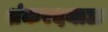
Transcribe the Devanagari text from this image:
शंकरदयाळ